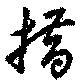
措